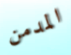
المدمن